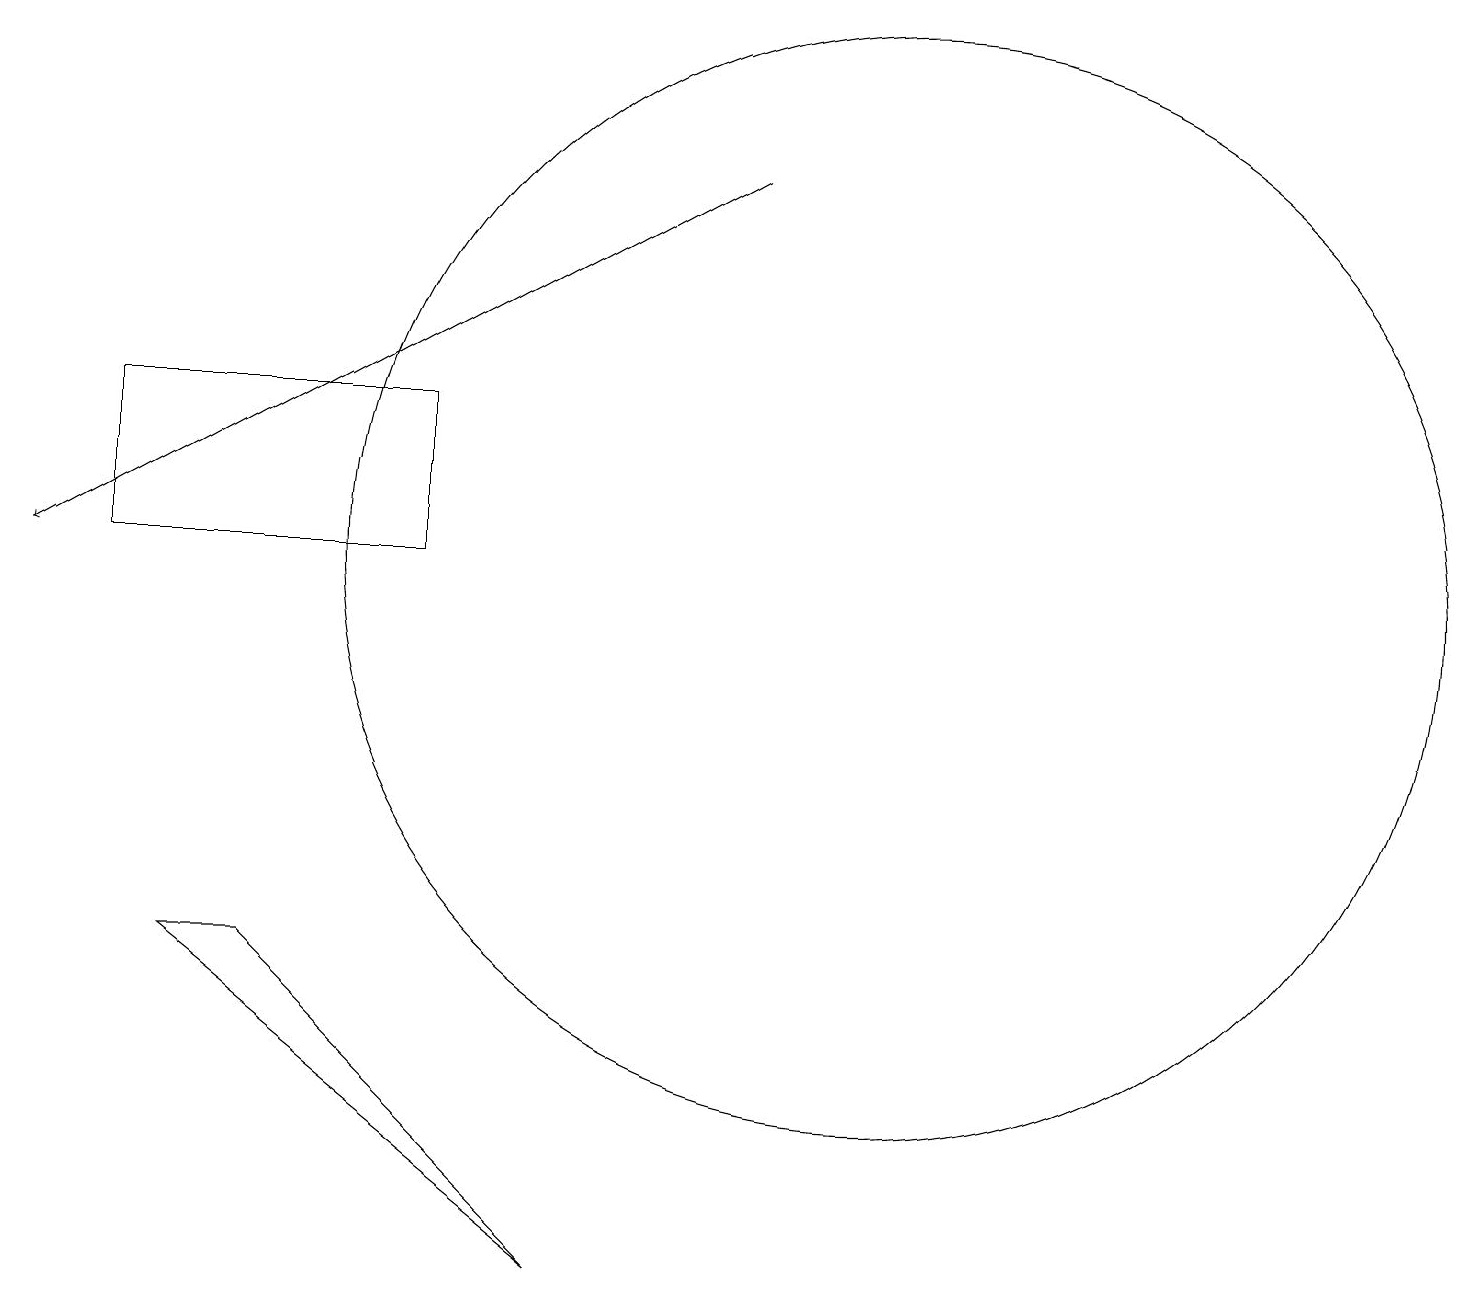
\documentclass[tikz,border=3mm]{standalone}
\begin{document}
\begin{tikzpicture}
\draw[->] (9,17) -- (0,12);
\draw (11,12) circle (7);
\draw (1,12) rectangle (5,14);
\draw (3,7) -- (7,3) -- (2,7) -- cycle;
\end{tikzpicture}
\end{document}